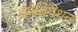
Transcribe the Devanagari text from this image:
इमैंसिपेशन